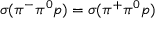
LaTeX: \sigma ( \pi ^ { - } \pi ^ { 0 } p ) = \sigma ( \pi ^ { + } \pi ^ { 0 } p ) \nonumber